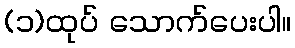
(၁)ထုပ် သောက်ပေးပါ။